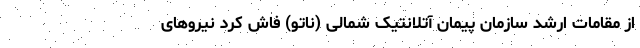
از مقامات ارشد سازمان پیمان آتلانتیک شمالی (ناتو) فاش کرد نیروهای